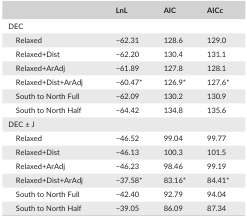
|  | LnL | AIC | AICc |
 | --- | --- | --- | --- |
 | <COLSPAN=4> DEC |
 | Relaxed | −62.31 | 128.6 | 129.0 |
 | Relaxed+Dist | −62.20 | 130.4 | 131.1 |
 | Relaxed+ArAdj | −61.89 | 127.8 | 128.1 |
 | Relaxed+Dist+ArAdj | −60.47* | 126.9* | 127.6* |
 | South to North Full | −62.09 | 130.2 | 130.9 |
 | South to North Half | −64.42 | 134.8 | 135.6 |
 | <COLSPAN=4> DEC ± J |
 | Relaxed | −46.52 | 99.04 | 99.77 |
 | Relaxed+Dist | −46.13 | 100.3 | 101.5 |
 | Relaxed+ArAdj | −46.23 | 98.46 | 99.19 |
 | Relaxed+Dist+ArAdj | −37.58* | 83.16* | 84.41* |
 | South to North Full | −42.40 | 92.79 | 94.04 |
 | South to North Half | −39.05 | 86.09 | 87.34 |